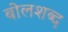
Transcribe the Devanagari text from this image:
बोलशब्द